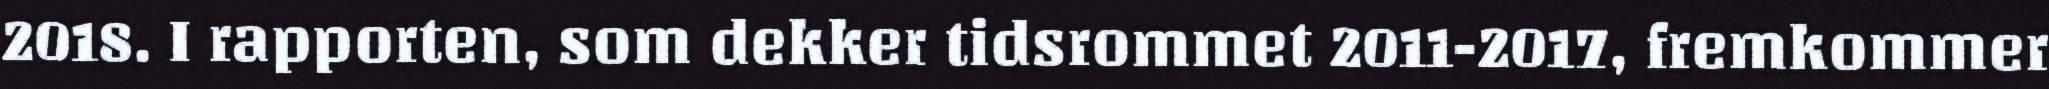
2018. I rapporten, som dekker tidsrommet 2011-2017, fremkommer